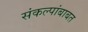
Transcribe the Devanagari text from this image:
संकल्पांबाबत